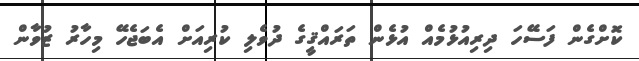
ކޮށްގެން ފަސޭހަ ދިރިއުޅުމެއް އުޅެން ތަރައްޤީގެ ދުވެލި ކުރިއަށް އެބަޖެހޭ މިހާރު ޒުވާން